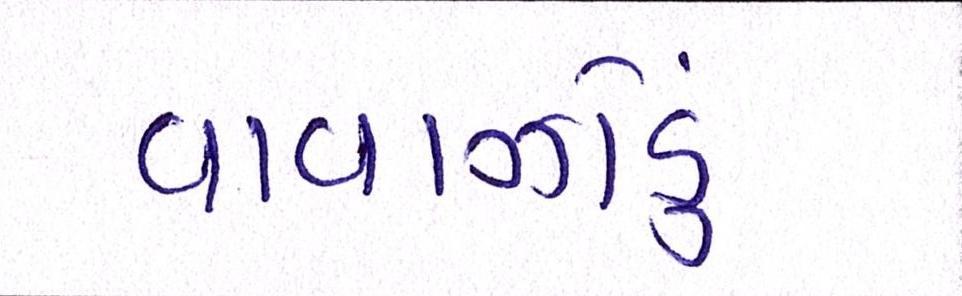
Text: વાવાઝોડું